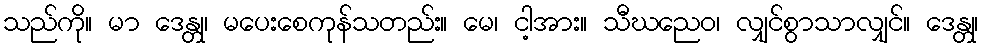
သည်ကို။ မာ ဒေန္တု၊ မပေးစေကုန်သတည်း။ မေ၊ ငါ့အား။ သီဃညေဝ၊ လျှင်စွာသာလျှင်။ ဒေန္တု၊